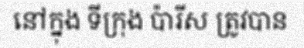
នៅក្នុង ទីក្រុង ប៉ារីស ត្រូវបាន